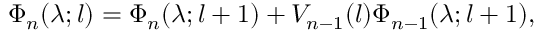
\Phi _ { n } ( \lambda ; l ) = \Phi _ { n } ( \lambda ; l + 1 ) + V _ { n - 1 } ( l ) \Phi _ { n - 1 } ( \lambda ; l + 1 ) ,